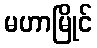
မဟာမြိုင်